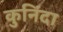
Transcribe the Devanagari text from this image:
कुनिंदा